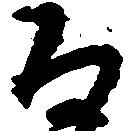
な